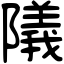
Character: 䧧